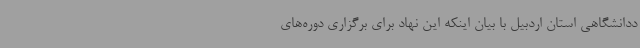
ددانشگاهی استان اردبیل با بیان اینکه این نهاد برای برگزاری دوره‌های